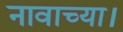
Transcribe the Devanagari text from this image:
नावाच्या।